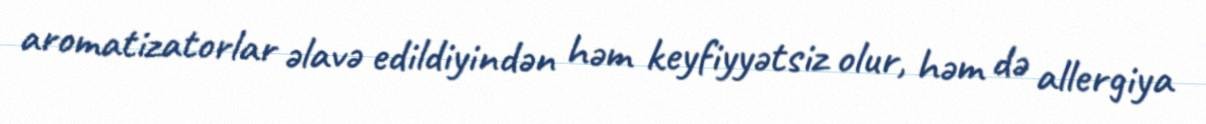
aromatizatorlar əlavə edildiyindən həm keyfiyyətsiz olur, həm də allergiya